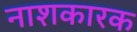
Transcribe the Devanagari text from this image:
नाशकारक